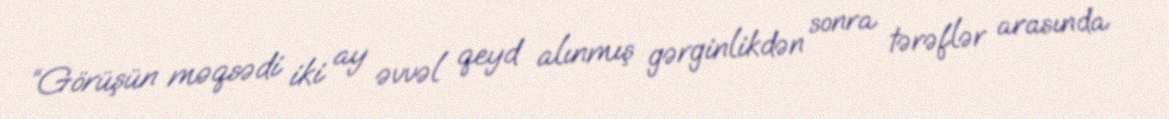
“Görüşün məqsədi iki ay əvvəl qeyd alınmış gərginlikdən sonra tərəflər arasında